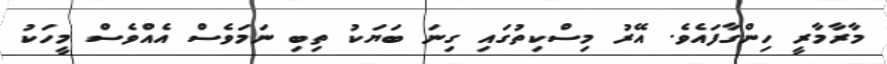
މާރާމާރީ ހިންގާފައެވެ. އޭރު މިސްކިތުގައި ގިނަ ބަޔަކު ތިބި ނަމަވެސް އެއްވެސް މީހަކު